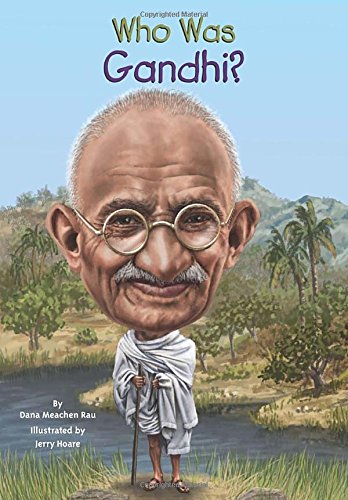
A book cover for Who Was Gandhi?; Dana Meachen Rau; Children's Books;